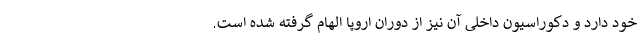
خود دارد و دکوراسیون داخلی آن نیز از دوران اروپا الهام گرفته شده است.